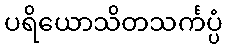
ပရိယောသိတသင်္ကပ္ပံ